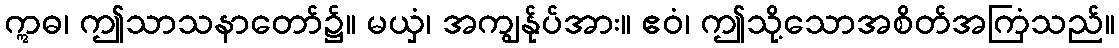
ဣဓ၊ ဤသာသနာတော်၌။ မယှံ၊ အကျွန်ုပ်အား။ ဧဝံ၊ ဤသို့သောအစိတ်အကြံသည်။